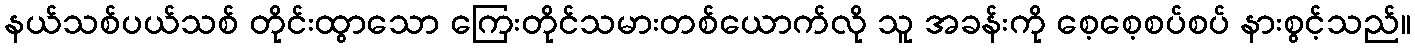
နယ်သစ်ပယ်သစ် တိုင်းထွာသော ကြေးတိုင်သမားတစ်ယောက်လို သူ အခန်းကို စေ့စေ့စပ်စပ် နားစွင့်သည်။